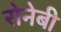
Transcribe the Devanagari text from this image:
रोनेबी